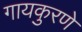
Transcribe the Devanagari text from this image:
गायकुरणे